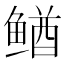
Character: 䲡